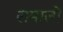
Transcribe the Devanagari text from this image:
रामालो